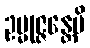
ဥမ္မုဇ္ဇန္တေပိ